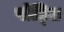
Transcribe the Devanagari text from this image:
पोट्सि